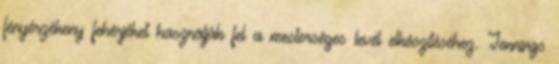
fényérzékeny fehérjéket használják fel a mesterséges levél elkészítéséhez. Jennings